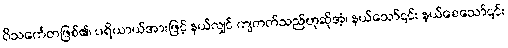
ဝိသင်္ကေတဖြစ်၏၊ ပရိယာယ်အားဖြင့် နယ်လျှင် ကျတတ်သည်ဟုဆိုအံ့၊ နယ်သော်၎င်း နယ်စေသော်၎င်း